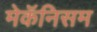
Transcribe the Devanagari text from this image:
मेकॅनिसम